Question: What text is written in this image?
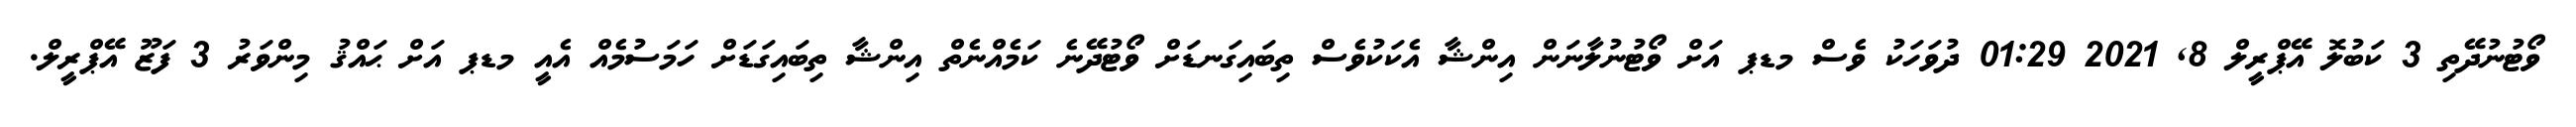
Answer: ވޯޓުނުދޭތި 3 ކަބުލޮ އޭޕްރީލް 8, 2021 01:29 ދުވަހަކު ވެސް މޑޕ އަށް ވޯޓުނުލާނަން އިންޝާ އެކަކުވެސް ތިބައިގަނޑަށް ވޯޓުދޭނެ ކަމެއްނެތް އިންޝާ ތިބައިގަޑަށް ހަމަސުމެއް އެއީ މޑޕ އަށް ޙައްޤު މިންވަރު 3 ފަޒޫ އޭޕްރީލް.